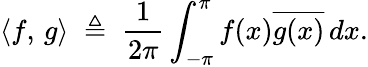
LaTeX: \langle f,\, g\rangle\; \triangleq\; {\frac{1}{2\pi}}\int_{-\pi}^{\pi}f(x){\overline{{g(x)}}}\, dx.